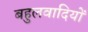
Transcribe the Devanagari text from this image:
बहुलवादियों